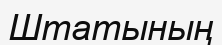
Штатының